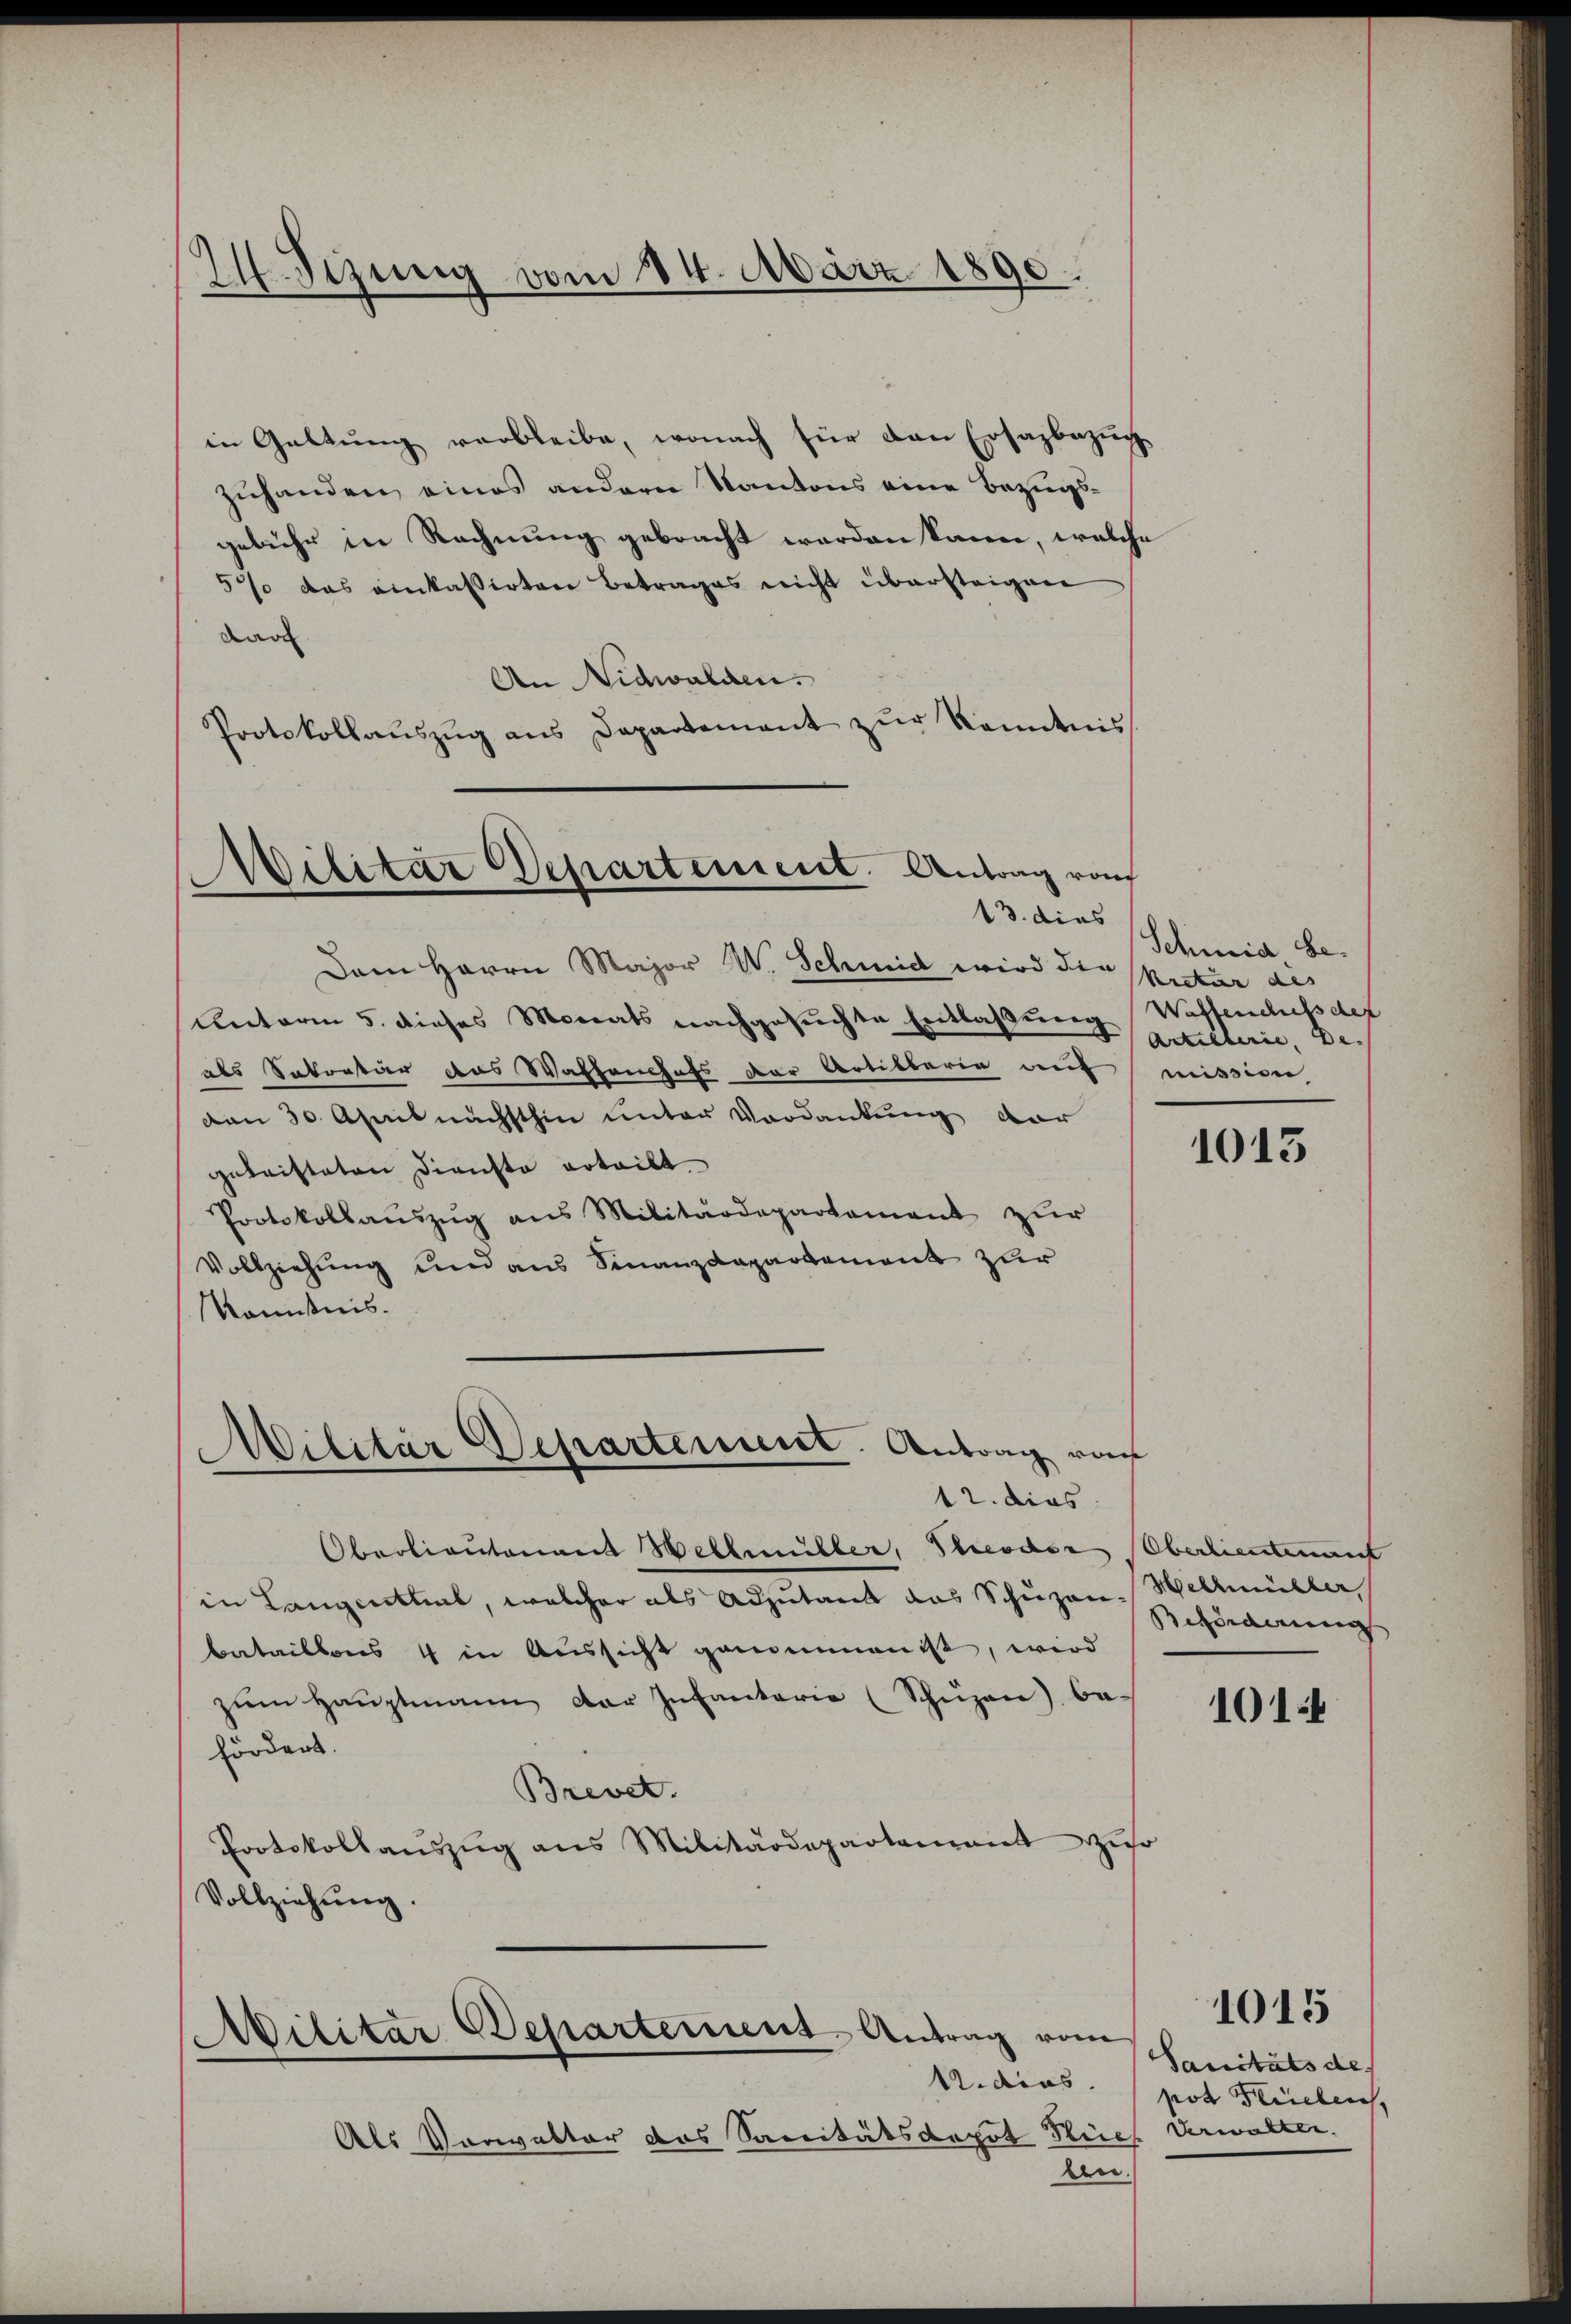
14. Sizung vom 24. März 1890.

in Geltung verbleibe, wonach für den Ersazbezug
zuhanden eines andern Kantons eine Bezugsgebühr in Rechnung gebracht worden kann, welche
5% das einkassirten Betrages nicht übersteigen
dare
An Nidwalden.
Protokollaŭszŭg ans Departement zŭr Kenntnis

Wilitar Departement. Antrag von
“
13. dies

Dem Herrn Major W. Schmid wird die
Unterm 5. dieses Monats nachgesuchte Entlaßung Waffenchelsdet
als Sekretär das Wachenchefs der Artillaria auf
den 30. April nächsthin unter Vordankung dar
geleisteten Dienste erteilt.
Protokollauszug aus Militärdepartement zur
Vollziehung und aus Finanzdepartement zur
Konstnis.

Militar Departement. Antrag vo
12. dies

Militar Departement Antrag vom
A.dios.

Oberlieutenant Wellmüller, Theodor Oberlieutenant
in Langentheil, welcher als Adjutant das Schuzen. Wellmüller,
bataillons 4 in Aussicht genommen ist, wird
zŭm Hauptmann der Infantarie (Schüzen) be-
fördert.
Brevet.
Protokollauszug aus Militärdepartement zuo
Vollziehung.

Als Vorwalter das Saccitätsdepot Flüch Verwalter.
ben.

Schmid be¬
Rretur des
Artillerie, De
mission

1013

Beförderung |

1014

Sanitäts des
pot Flüelen,

1015